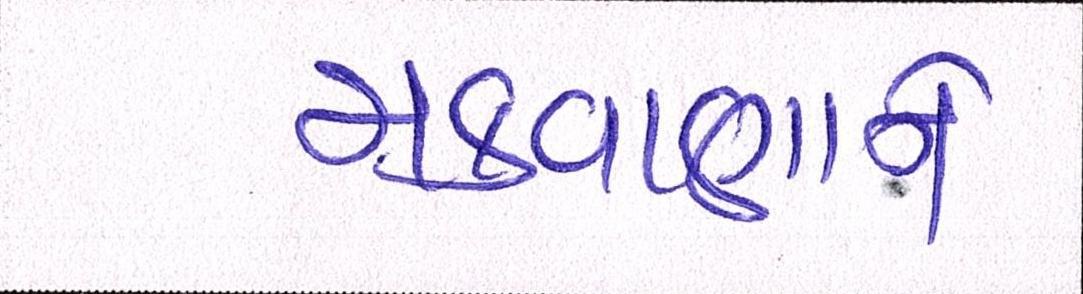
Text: મકવાણાને